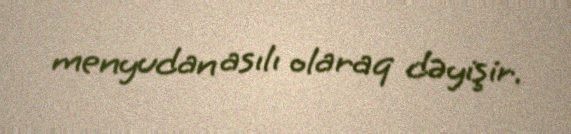
menyudan asılı olaraq dəyişir.